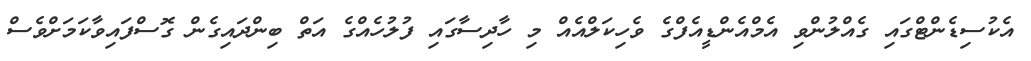
އެކުސިޑެންޓްގައި ގެއްލުންވި އެމްއެންޑީއެފްގެ ވެހިކަލްއެއް މި ހާދިސާގައި ފުލުހެއްގެ އަތް ބިންދައިގެން ގޮސްފައިވާކަމަށްވެސް